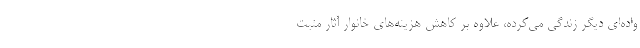
واده‌ای دیگر زندگی می‌کرده، علاوه بر کاهش هزینه‌های خانوار آثار مثبت